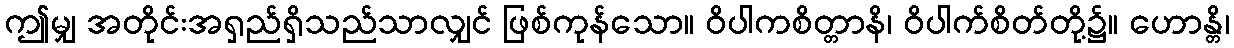
ဤမျှ အတိုင်းအရှည်ရှိသည်သာလျှင် ဖြစ်ကုန်သော။ ဝိပါကစိတ္တာနိ၊ ဝိပါက်စိတ်တို့၌။ ဟောန္တိ၊